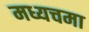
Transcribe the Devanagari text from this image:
मध्यचमा